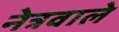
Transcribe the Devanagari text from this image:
नेत्रवाले